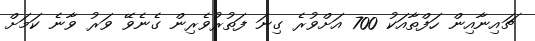
ޗައިނާއިން ހަފްތާއަކު 700 އަށްވުރެ ގިނަ ފަތުރުވެރިން ގެނެވޭ ވަރު ވާނެ ކަމަށް